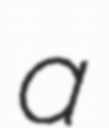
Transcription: a